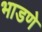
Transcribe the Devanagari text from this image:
भाडणे